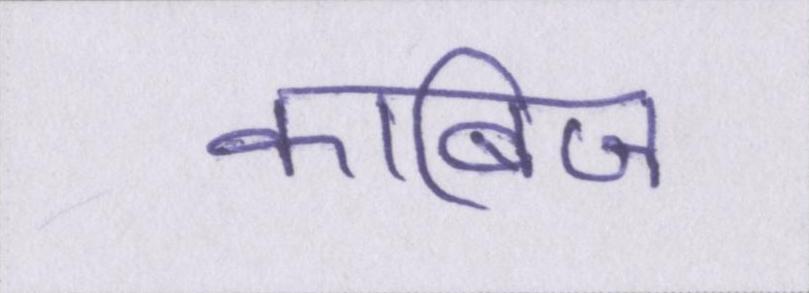
काबिज